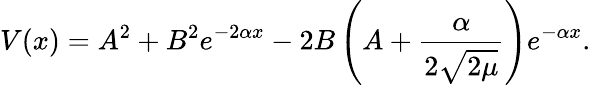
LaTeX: V(x)=A^{2}+B^{2}e^{-2\alpha x}-2B\left(A+\frac{\alpha}{2\sqrt{2\mu}}\right)e^{-\alpha x}.